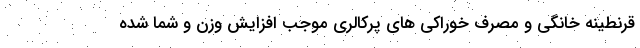
قرنطینه خانگی و مصرف خوراکی های پرکالری موجب افزایش وزن و شما شده